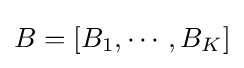
B=[B_{1},\cdots ,B_{K}]